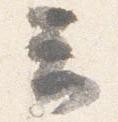
云